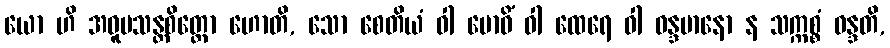
ယော ဟိ အဝူပသန္တစိတ္တော ဟောတိ, သော စေတိယံ ဝါ ဗောဓိံ ဝါ ထေရေ ဝါ ဝန္ဒမာနော န သက္ကစ္စံ ဝန္ဒတိ,